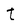
Character: t